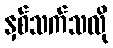
နှစ်သက်သလို